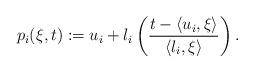
LaTeX: \begin{align*}p_i(\xi,t) := u_i + l_i \left( \frac{ t-\langle u_i,\xi\rangle}{\langle l_i,\xi\rangle} \right) .\end{align*}